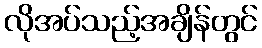
လိုအပ်သည့်အချိန်တွင်